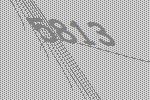
5813